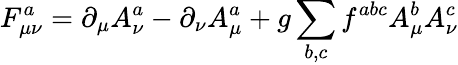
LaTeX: F_{\mu\nu}^{a}=\partial_{\mu}A_{\nu}^{a}-\partial_{\nu}A_{\mu}^{a}+g\sum_{b,c}f^{abc}A_{\mu}^{b}A_{\nu}^{c}